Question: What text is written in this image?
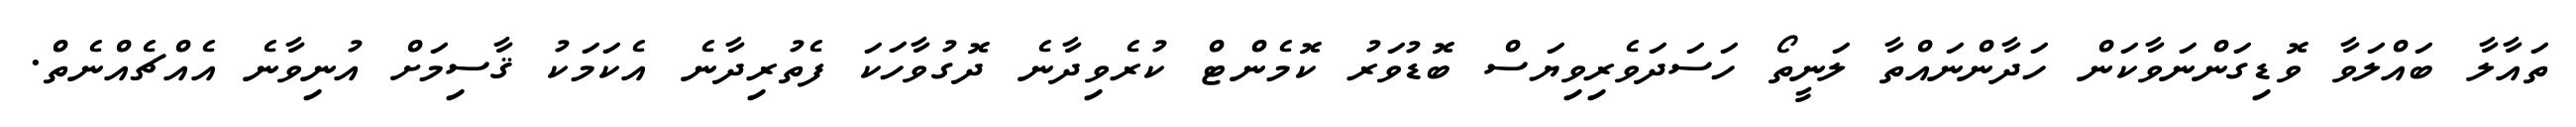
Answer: ތައާލާ ބައްލަވާ ވޮޑިގަންނަވާކަން ހަދާންނައްތާ ލަނީތޯ ހަސަދަވެރިވިޔަސް ބޮޑުވަރު ކޮމެންޓް ކުރެވިދާނެ ދޮގުވާހަކަ ފެތުރިދާނެ އެކަމަކު ޤާސިމަށް އުނިވާނެ އެއްޗެއްނެތް.